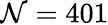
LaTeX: \mathcal{N}=401